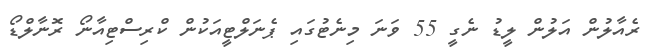
ރެއާލުން އަލުން ލީޑު ނެގީ 55 ވަނަ މިނެޓުގައި ޕެނަލްޓީއަކުން ކްރިސްޓިއާނޯ ރޮނާލްޑޯ